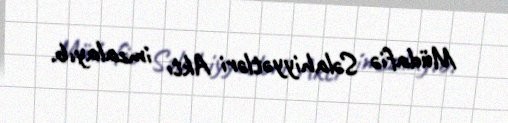
Müdafiə Səlahiyyətləri Aktı imzalayıb.